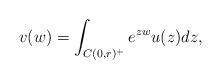
LaTeX: \begin{align*}v(w) = \int_{C(0,r)^+} e^{zw} u(z)dz,\end{align*}